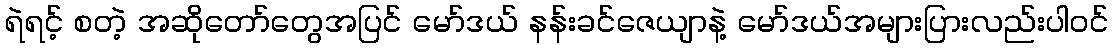
ရဲရင့် စတဲ့ အဆိုတော်တွေအပြင် မော်ဒယ် နန်းခင်ဇေယျာနဲ့ မော်ဒယ်အများပြားလည်းပါဝင်